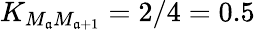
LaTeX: K_{M_{\mathfrak{a}}M_{\mathfrak{a}+1}}=2/4=0.5